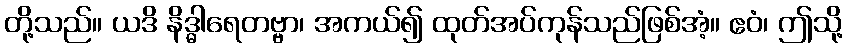
တို့သည်။ ယဒိ နိဒ္ဓါရေတဗ္ဗာ၊ အကယ်၍ ထုတ်အပ်ကုန်သည်ဖြစ်အံ့။ ဧဝံ၊ ဤသို့